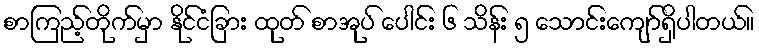
စာကြည့်တိုက်မှာ နိုင်ငံခြား ထုတ် စာအုပ် ပေါင်း ၆ သိန်း ၅ သောင်းကျော်ရှိပါတယ်။